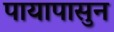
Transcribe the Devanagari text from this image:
पायापासुन